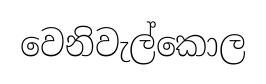
වෙනිවැල්කොල